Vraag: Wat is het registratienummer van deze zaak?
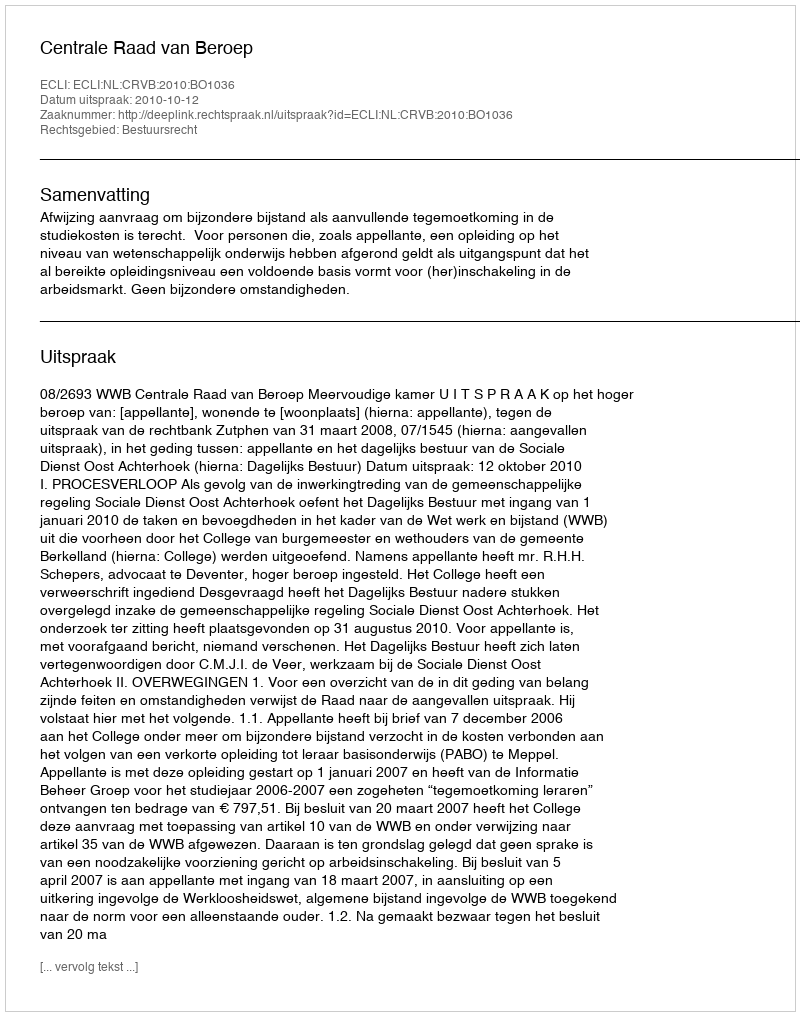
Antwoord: http://deeplink.rechtspraak.nl/uitspraak?id=ECLI:NL:CRVB:2010:BO1036